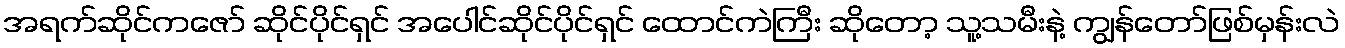
အရက်ဆိုင်ကဇော် ဆိုင်ပိုင်ရှင် အပေါင်ဆိုင်ပိုင်ရှင် ထောင်ကဲကြီး ဆိုတော့ သူ့သမီးနဲ့ ကျွန်တော်ဖြစ်မှန်းလဲ